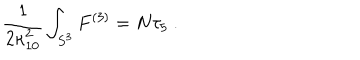
\frac 1 { 2 \kappa _ { 1 0 } ^ { 2 } } \int _ { S ^ { 3 } } F ^ { ( 3 ) } = N \tau _ { 5 } ~ .